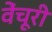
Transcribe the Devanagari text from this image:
वेंचूरी